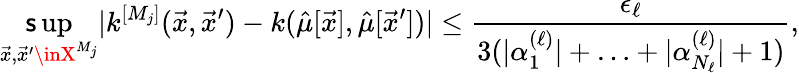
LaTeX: \operatorname*{\mathsf{s}up}_{\vec{{x}},{\vec{{x}}^{\prime}}\inX^{M_{j}}}|k^{[M_{j}]}(\vec{{x}},\vec{{x}}^{\prime})-k(\hat{{\mu}}[\vec{{x}}],\hat{{\mu}}[\vec{{x}}^{\prime}])|\leq\frac{{\epsilon_{\ell}}}{{3(|\alpha_{1}^{({\ell})}|+\ldots+|\alpha_{{N_{\ell}}}^{({\ell})}|+1)}},